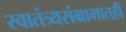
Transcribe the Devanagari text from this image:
स्वातंत्र्यसंग्रामातही